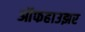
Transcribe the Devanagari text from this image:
ऑफहाउझर